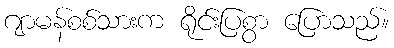
ဂျာမန်စစ်သားက ရိုင်းပြစွာ ပြောသည်။